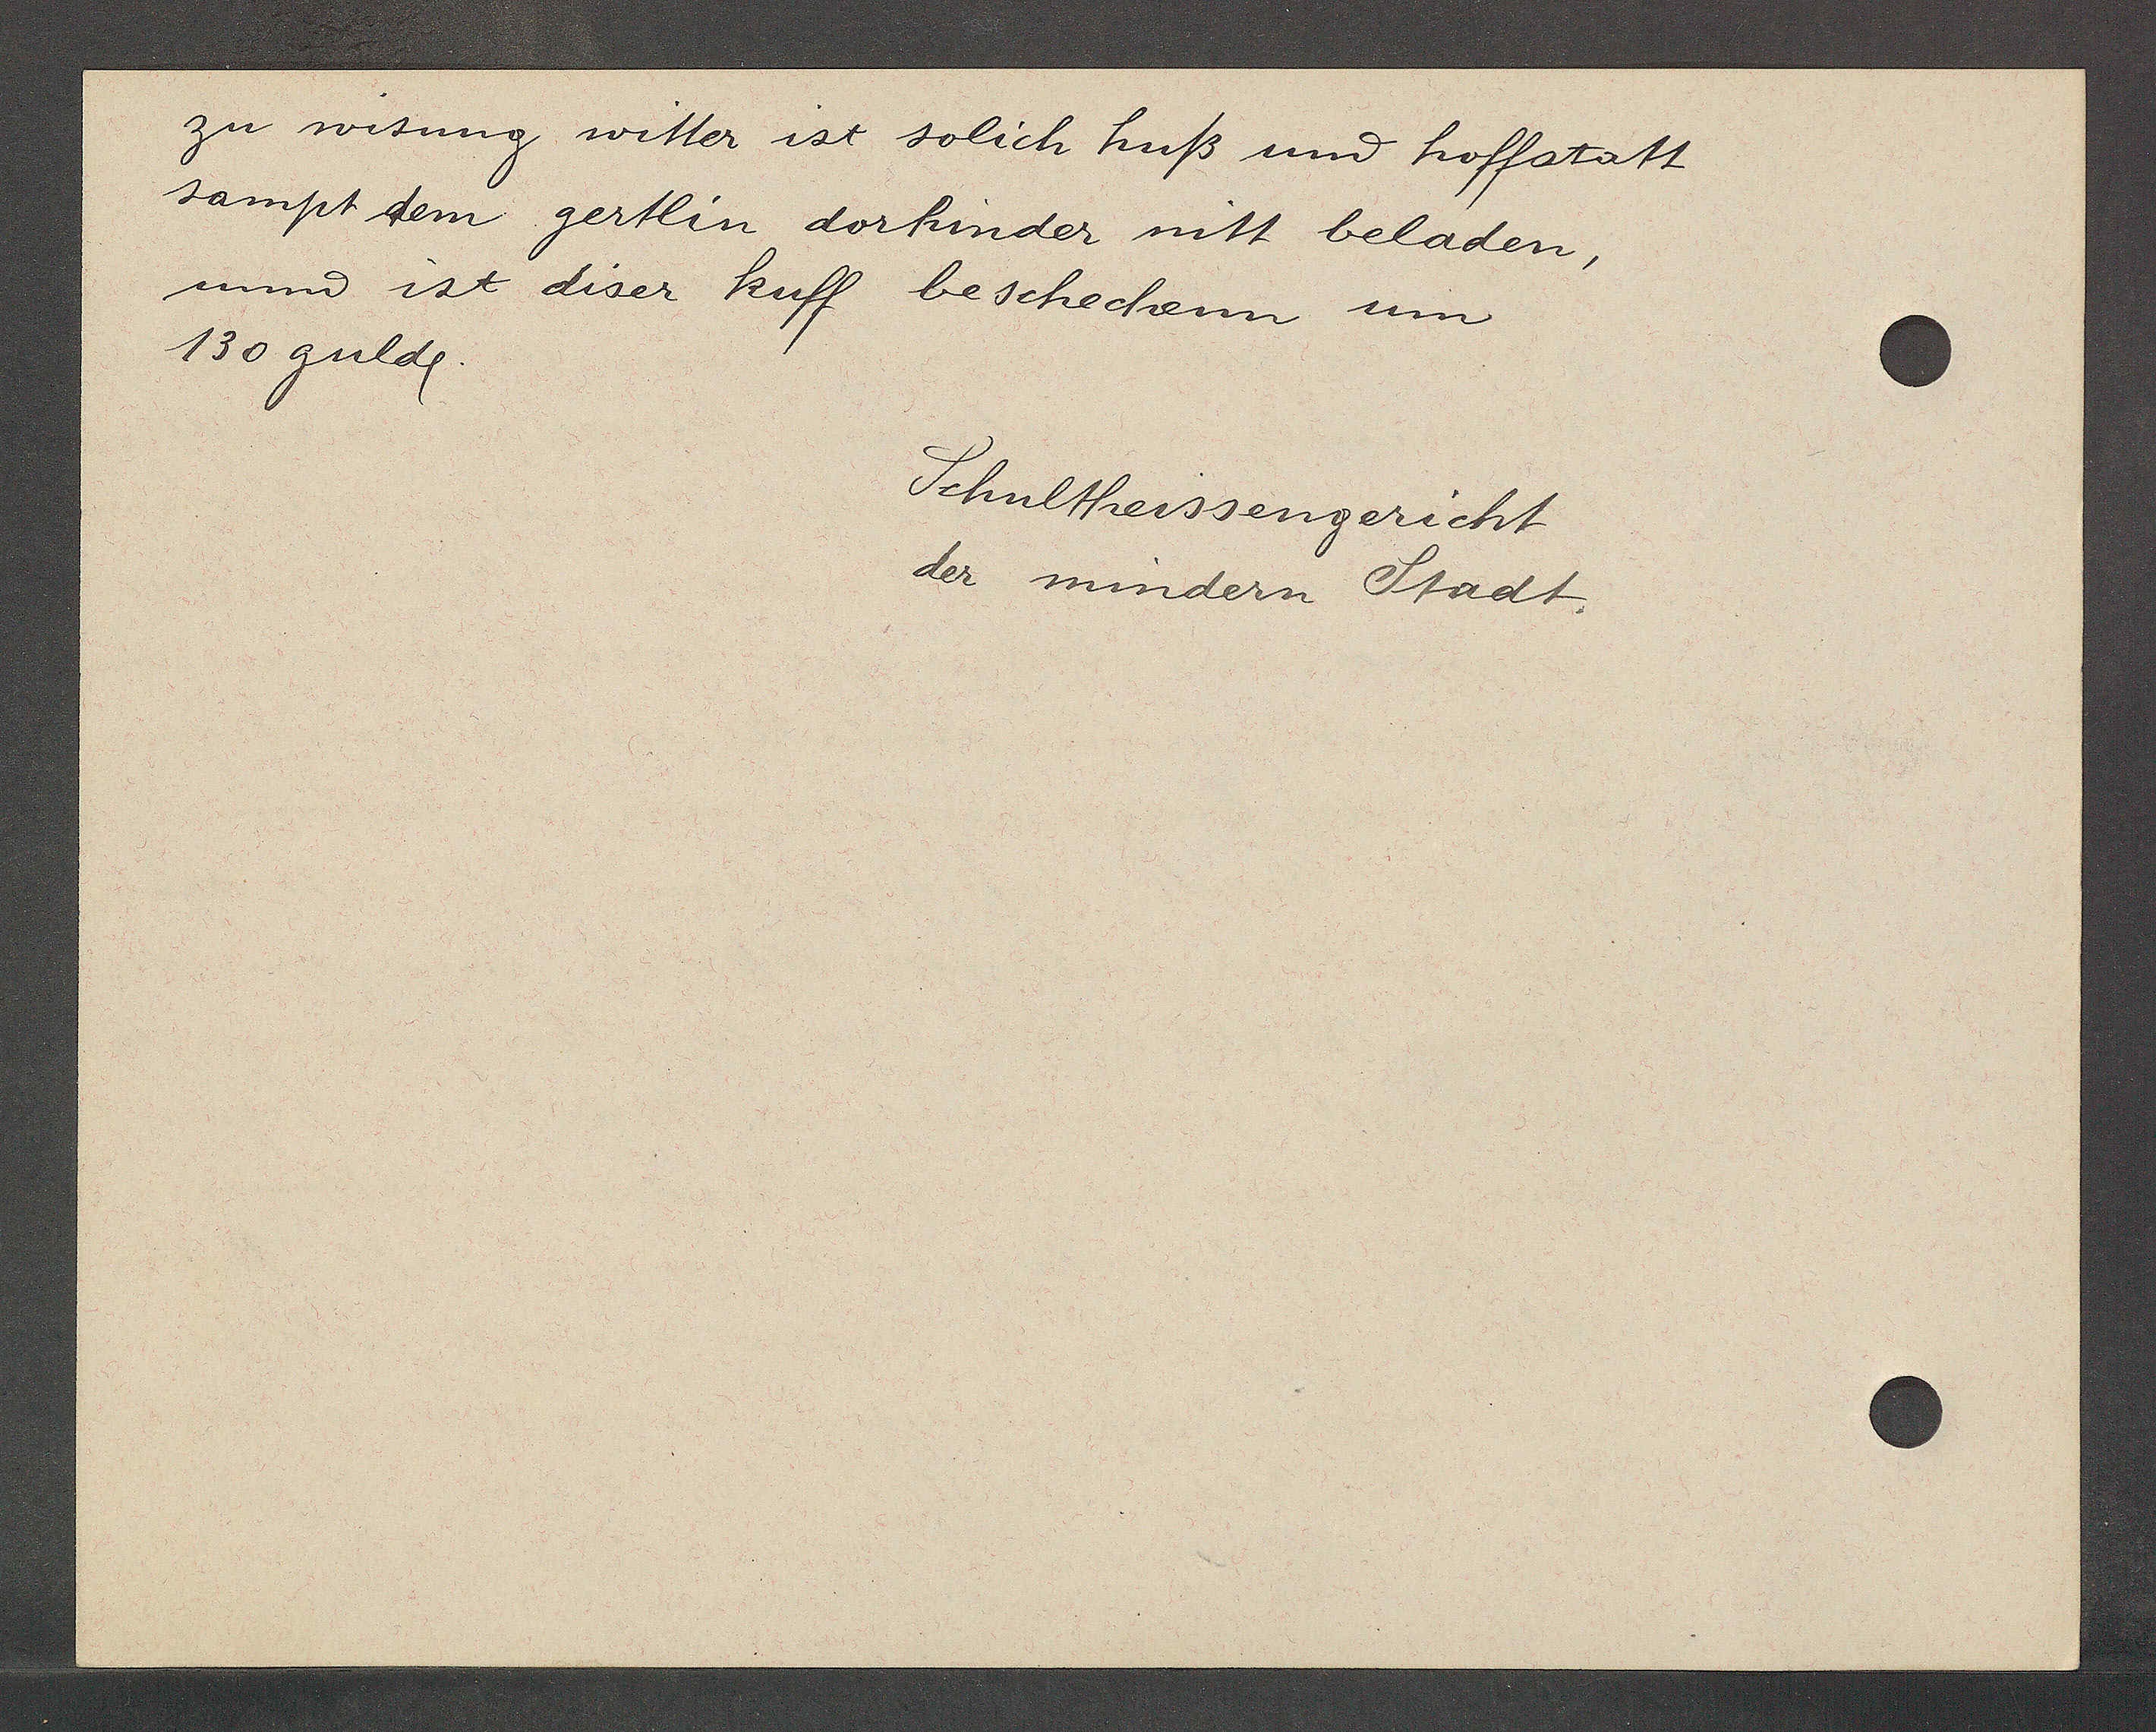
Transcript:
zu wisung witter ist solich huß und hoffstatt
sampt dem gertlin dorhinder mitt beladen,
unnd ist diser kuff beschechenn um
130 gulde.

Schultheissengericht
der mindern Stadt.